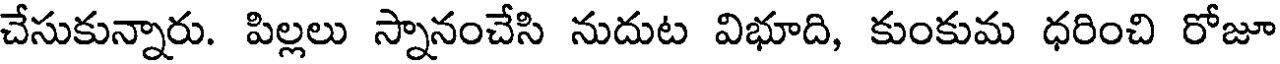
చేసుకున్నారు. పిల్లలు స్నానంచేసి నుదుట విభూది, కుంకుమ ధరించి రోజూ